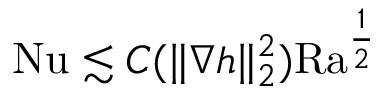
\mathrm { { N u } } \lesssim C ( \| \nabla h \| _ { 2 } ^ { 2 } ) \mathrm { { R a } } ^ { \frac 1 2 }